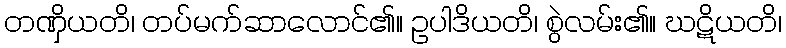
တဏှိယတိ၊ တပ်မက်ဆာလောင်၏။ ဥပါဒိယတိ၊ စွဲလမ်း၏။ ဃဋိယတိ၊